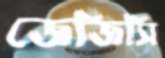
জেজিসি